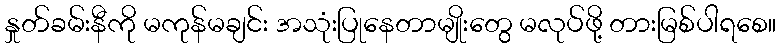
နှုတ်ခမ်းနီကို မကုန်မချင်း အသုံးပြုနေတာမျိုးတွေ မလုပ်ဖို့ တားမြစ်ပါရစေ။